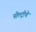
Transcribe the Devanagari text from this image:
पोल्ट्रीचे